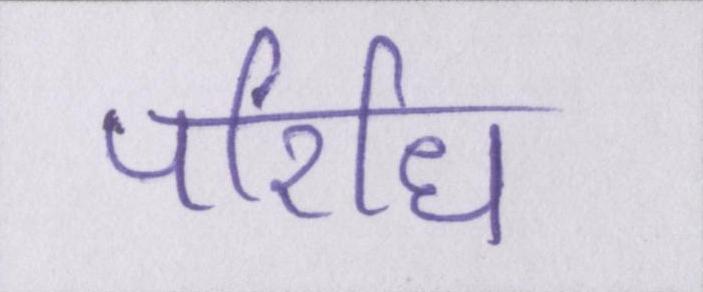
परिधि